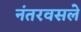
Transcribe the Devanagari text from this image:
नंतरवसले